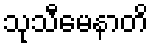
သုသီမေနာတိ